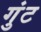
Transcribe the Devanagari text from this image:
गुंट